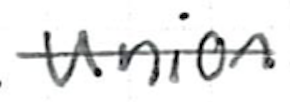
Text: union
Cross-out: single-line
Writing tool: ballpoint